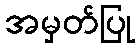
အမှတ်ပြု